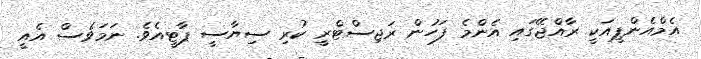
އެމްއެންޕީއަކީ ރާއްޖޭގައި އެންމެ ފަހުން ރަޖިސްޓްރީ ކުރި ސިޔާސީ ޕާޓީއެވެ. ނަމަވެސް އެއީ